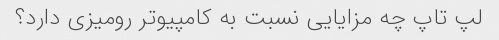
لپ تاپ چه مزایایی نسبت به کامپیوتر رومیزی دارد؟